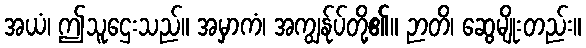
အယံ၊ ဤသူဌေးသည်။ အမှာကံ၊ အကျွန်ုပ်တို့၏။ ဉာတိ၊ ဆွေမျိုးတည်း။